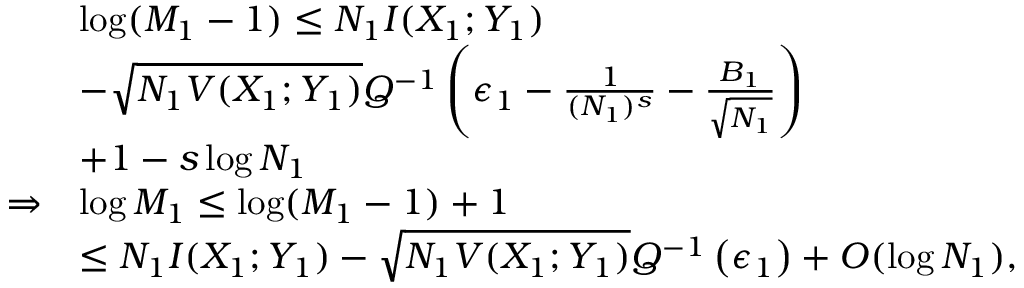
\begin{array} { r l } & { \log ( M _ { 1 } - 1 ) \leq N _ { 1 } I ( X _ { 1 } ; Y _ { 1 } ) } \\ & { - \sqrt { N _ { 1 } V ( X _ { 1 } ; Y _ { 1 } ) } Q ^ { - 1 } \left( \epsilon _ { 1 } - \frac { 1 } { ( N _ { 1 } ) ^ { s } } - \frac { B _ { 1 } } { \sqrt { N _ { 1 } } } \right) } \\ & { + 1 - s \log N _ { 1 } } \\ { \Rightarrow } & { \log M _ { 1 } \leq \log ( M _ { 1 } - 1 ) + 1 } \\ & { \leq N _ { 1 } I ( X _ { 1 } ; Y _ { 1 } ) - \sqrt { N _ { 1 } V ( X _ { 1 } ; Y _ { 1 } ) } Q ^ { - 1 } \left( \epsilon _ { 1 } \right) + O ( \log N _ { 1 } ) , } \end{array}